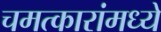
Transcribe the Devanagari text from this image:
चमत्कारांमध्ये